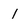
Character: 1